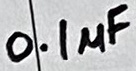
Text: 0.1µF